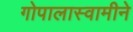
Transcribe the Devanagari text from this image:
गोपालास्वामीने